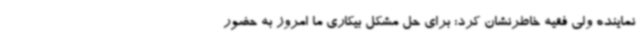
نماینده ولی فقیه خاطرنشان کرد: برای حل مشکل بیکاری ما امروز به حضور